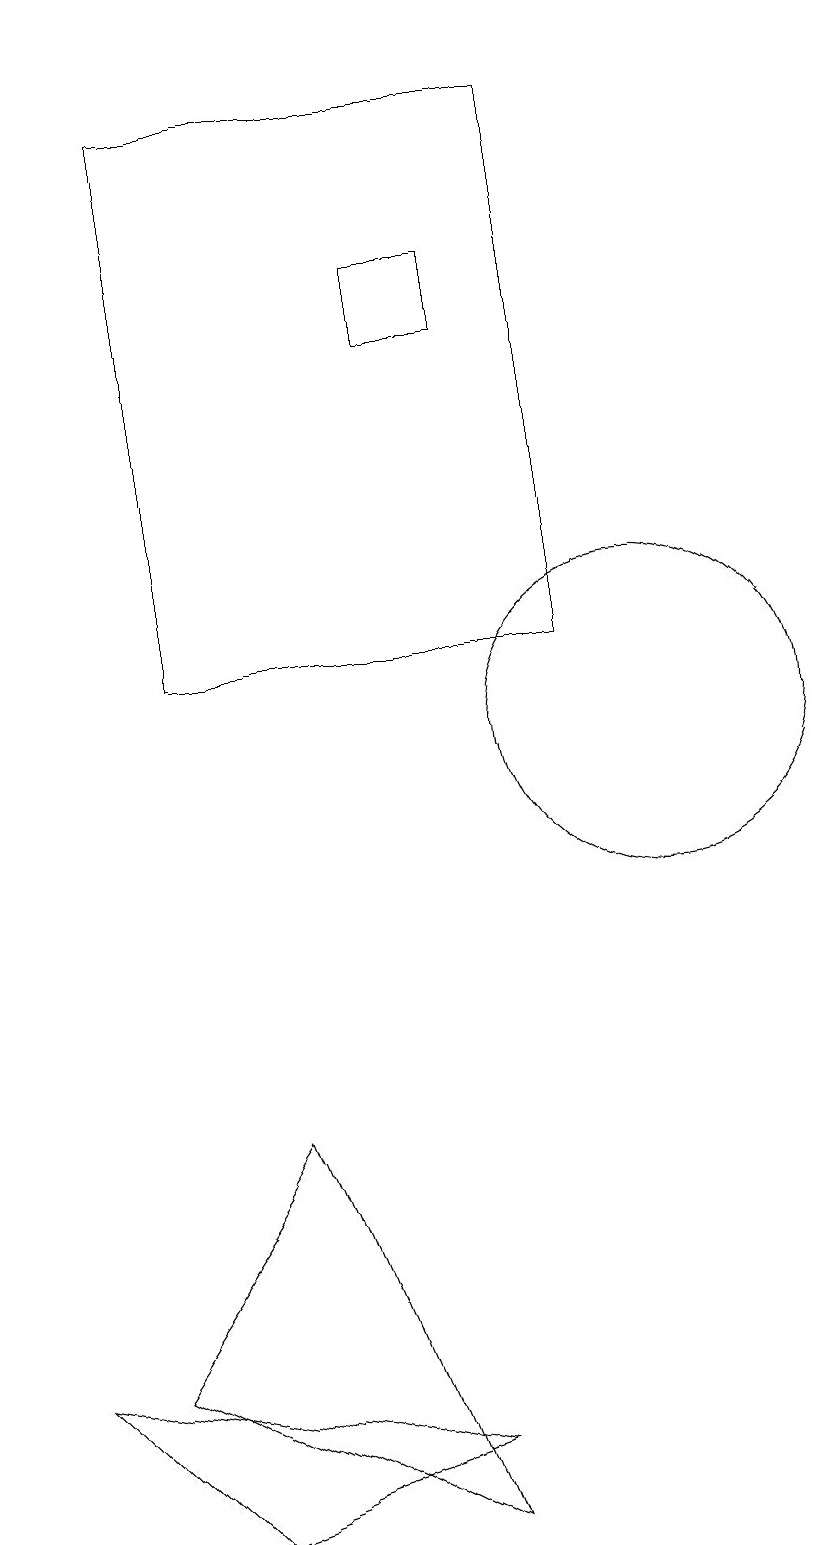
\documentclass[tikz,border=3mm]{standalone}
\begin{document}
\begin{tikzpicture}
\draw (10,10) circle (2);
\draw (7,0) -- (5,5) -- (3,2) -- cycle;
\draw (2,19) rectangle (2,16);
\draw (4,18) rectangle (9,11);
\draw (8,16) rectangle (7,15);
\draw (7,1) -- (2,2) -- (4,0) -- cycle;
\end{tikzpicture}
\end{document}